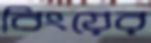
বিংয়ের